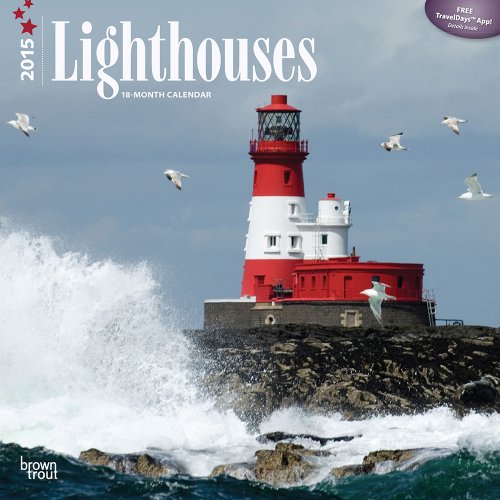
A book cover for Lighthouses 2015 Square 12x12; BrownTrout; Calendars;